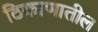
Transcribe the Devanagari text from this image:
ठिकाणातील